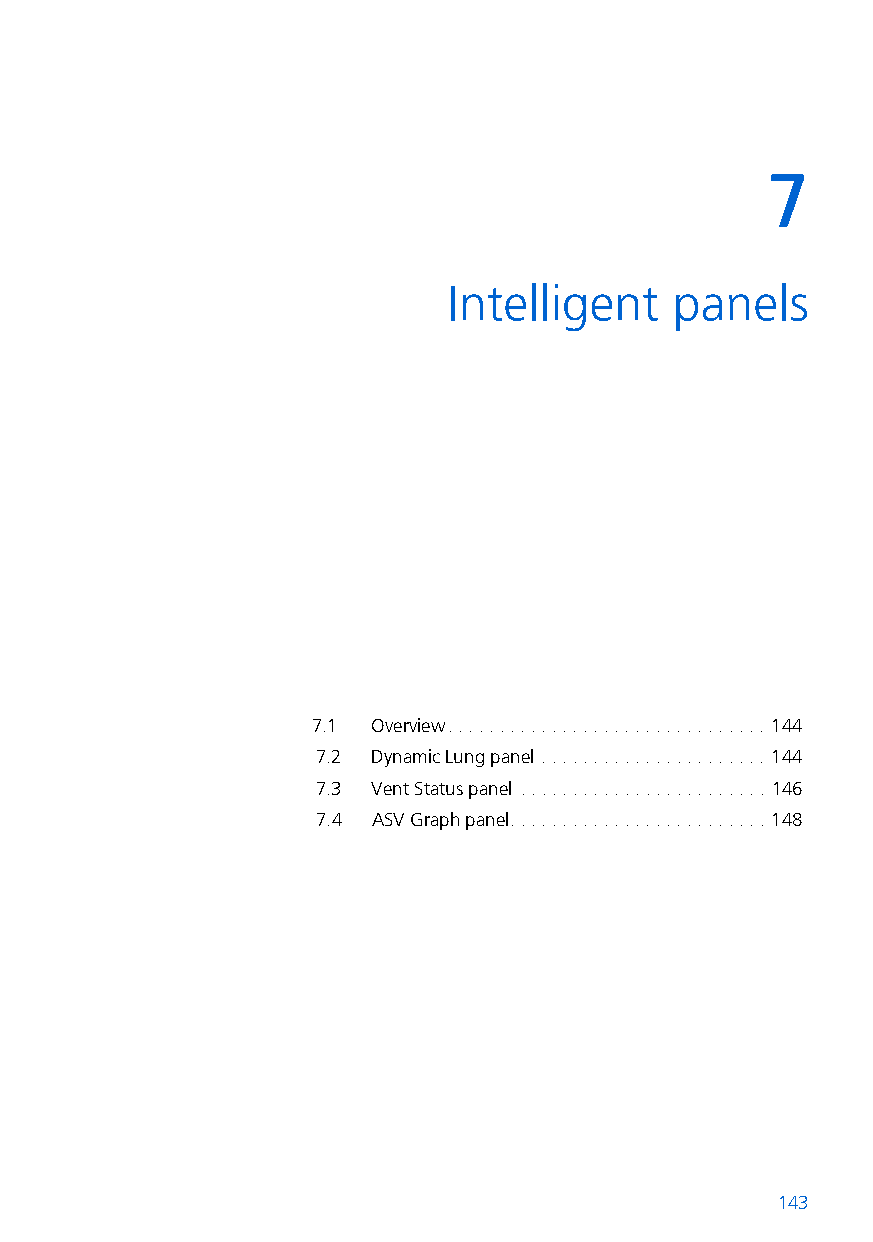
7
 7  Intelligent    panels
 7.1 Overview. . . . . . . . . . . . . . . . . . . . . . . . . . . . . . . 144
 7.2 Dynamic Lung panel . . . . . . . . . . . . . . . . . . . . . . 144
 7.3 Vent Status panel . . . . . . . . . . . . . . . . . . . . . . . . 146
 7.4 ASV Graph panel. . . . . . . . . . . . . . . . . . . . . . . . . 148
 143